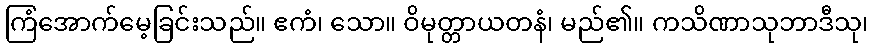
ကြံအောက်မေ့ခြင်းသည်။ ဧကံ၊ သော။ ဝိမုတ္တာယတနံ၊ မည်၏။ ကသိဏာသုဘာဒီသု၊